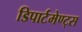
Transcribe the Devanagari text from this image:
डिपार्टमेण्ट्स